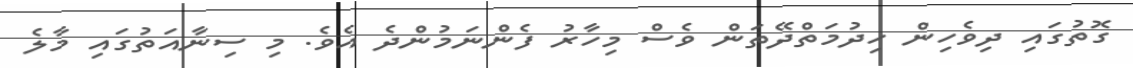
ގޮތުގައި ދިވެހިން ހިދުމަތްދޭތަން ވެސް މިހާރު ފެންނަމުންދެ އެވެ. މި ސިނާއަތުގައި މާލެ